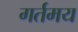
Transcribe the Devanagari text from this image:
गर्तमय